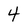
Character: 4